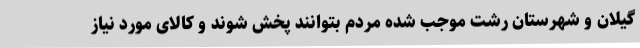
گیلان و شهرستان رشت موجب شده مردم بتوانند پخش شوند و کالای مورد نیاز